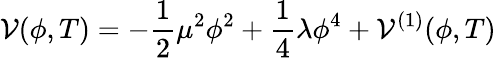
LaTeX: \mathcal{V}(\phi,T)=-{\frac{{1}}{{2}}}\mu^{2}\phi^{2}+\frac{{1}}{{4}}\lambda\phi^{4}+\mathcal{V}^{(1)}(\phi,T)